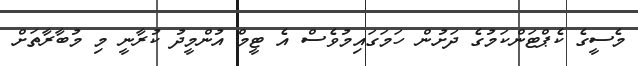
މެސީގެ ކެޕްޓަންކަމުގެ ދަށުން ހަމަގައިމުވެސް އެ ޓީމް އުންމީދު ކުރާނީ މި މުބާރާތަށް